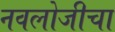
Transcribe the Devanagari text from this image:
नवलोजीचा